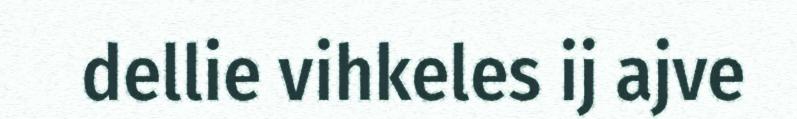
dellie vihkeles ij ajve